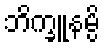
ဘိက္ခူနမ္ပိ